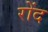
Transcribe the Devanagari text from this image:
रोंद